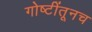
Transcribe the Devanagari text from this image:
गोष्टींतूनच